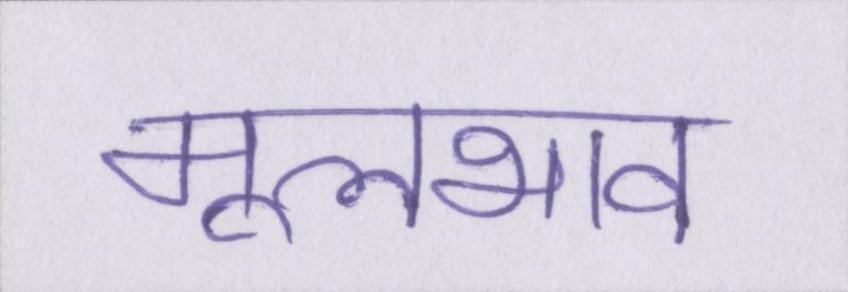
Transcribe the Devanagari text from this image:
मूलभाव